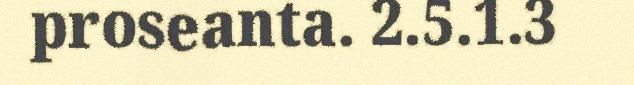
proseanta. 2.5.1.3